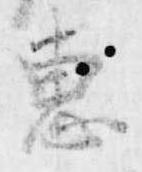
恵